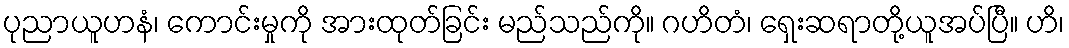
ပုညာယူဟနံ၊ ကောင်းမှုကို အားထုတ်ခြင်း မည်သည်ကို။ ဂဟိတံ၊ ရှေးဆရာတို့ယူအပ်ပြီ။ ဟိ၊